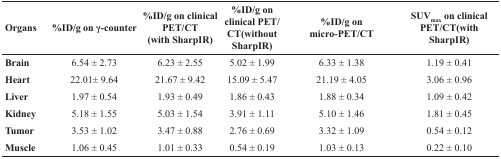
<table><thead><tr><td><b>Organs</b></td><td><b>%ID/g on γ-counter</b></td><td><b>%ID/g on clinical PET/CT(with SharpIR)</b></td><td><b>%ID/g on clinical PET/CT(without SharpIR)</b></td><td><b>%ID/g on micro-PET/CT</b></td><td><b>SUV<sub>max</sub> on clinical PET/CT(with SharpIR)</b></td></tr></thead><tbody><tr><td><b>Brain</b></td><td>6.54 ± 2.73</td><td>6.23 ± 2.55</td><td>5.02 ± 1.99</td><td>6.33 ± 1.38</td><td>1.19 ± 0.41</td></tr><tr><td><b>Heart</b></td><td>22.01± 9.64</td><td>21.67 ± 9.42</td><td>15.09 ± 5.47</td><td>21.19 ± 4.05</td><td>3.06 ± 0.96</td></tr><tr><td><b>Liver</b></td><td>1.97 ± 0.54</td><td>1.93 ± 0.49</td><td>1.86 ± 0.43</td><td>1.88 ± 0.34</td><td>1.09 ± 0.42</td></tr><tr><td><b>Kidney</b></td><td>5.18 ± 1.55</td><td>5.03 ± 1.54</td><td>3.91 ± 1.11</td><td>5.10 ± 1.46</td><td>1.81 ± 0.45</td></tr><tr><td><b>Tumor</b></td><td>3.53 ± 1.02</td><td>3.47 ± 0.88</td><td>2.76 ± 0.69</td><td>3.32 ± 1.09</td><td>0.54 ± 0.12</td></tr><tr><td><b>Muscle</b></td><td>1.06 ± 0.45</td><td>1.01 ± 0.33</td><td>0.54 ± 0.19</td><td>1.03 ± 0.13</td><td>0.22 ± 0.10</td></tr></tbody></table>